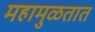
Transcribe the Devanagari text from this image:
महामुळतात